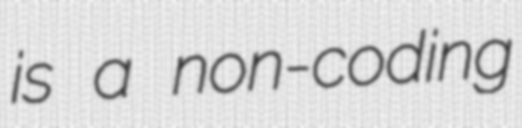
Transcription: is a non-coding